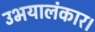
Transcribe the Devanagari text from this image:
उभयालंकार।